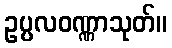
ဥပ္ပလဝဏ္ဏာသုတ်။